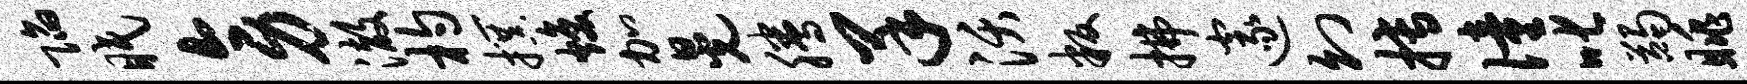
陷眠旁澈杓撰焕加晃腾羊沃叛拂邃幻搏僮叱蠲眺